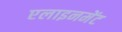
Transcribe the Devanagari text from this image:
एलाइनमेंट